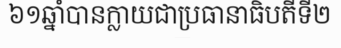
៦១ឆ្នាំបានក្លាយជាប្រធានាធិបតីទី២